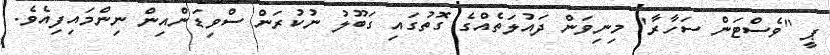
ޕީ "ވެސްޓަން ސަހާރާ" މިނިވަން ދައުލަތެއްގެ ގޮތުގައި ގަބޫލު ނުކުރަން ސްވިޑަންއިން ނިންމައިފިއެވެ.